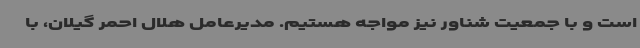
است و با جمعیت شناور نیز مواجه هستیم. مدیرعامل هلال احمر گیلان، با